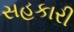
સહકારી